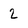
Character: 2